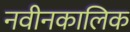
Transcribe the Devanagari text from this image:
नवीनकालिक